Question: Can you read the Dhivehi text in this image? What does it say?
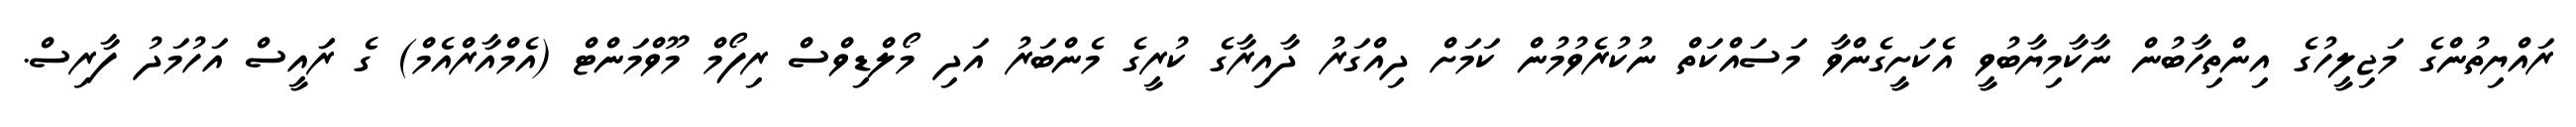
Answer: ރައްޔިތުންގެ މަޖިލީހުގެ އިންތިހާބުން ނާކާމިޔާބުވީ އެކަށީގެންވާ މަސައްކަތް ނުކުރެވުމުން ކަމަށް ދިއްގަރު ދާއިރާގެ ކުރީގެ މެންބަރު އަދި މޯލްޑިވްސް ރިފޯމް މޫވްމަންޓް (އެމްއާރްއެމް) ގެ ރަައީސް އަހުމަދު ފާރިސް.